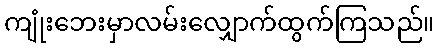
ကျုံးဘေးမှာလမ်းလျှောက်ထွက်ကြသည်။